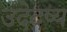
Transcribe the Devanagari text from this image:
उदेदष्य